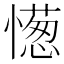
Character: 憽